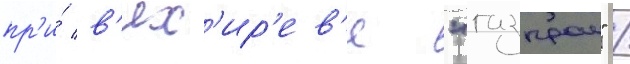
пр'и́ в'ях'ир'ев'е "газпром" /